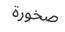
صخورة